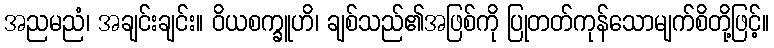
အညမညံ၊ အချင်းချင်း။ ဝိယစက္ခူဟိ၊ ချစ်သည်၏အဖြစ်ကို ပြုတတ်ကုန်သောမျက်စိတို့ဖြင့်။